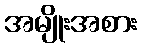
အမျိုးအစား